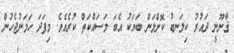
ޤާނޫނީ ދައުރު ކިލަނބު ކޮށްލަން ބަޔަކު އެބަ މަސައްކަތް ކުރެއެވެ. މިފަދަ ހަމަނުޖެހުން